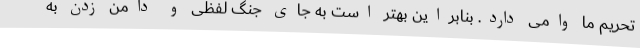
تحریم ما وامی دارد. بنابراین بهتر است به جای جنگ لفظی و دامن زدن به